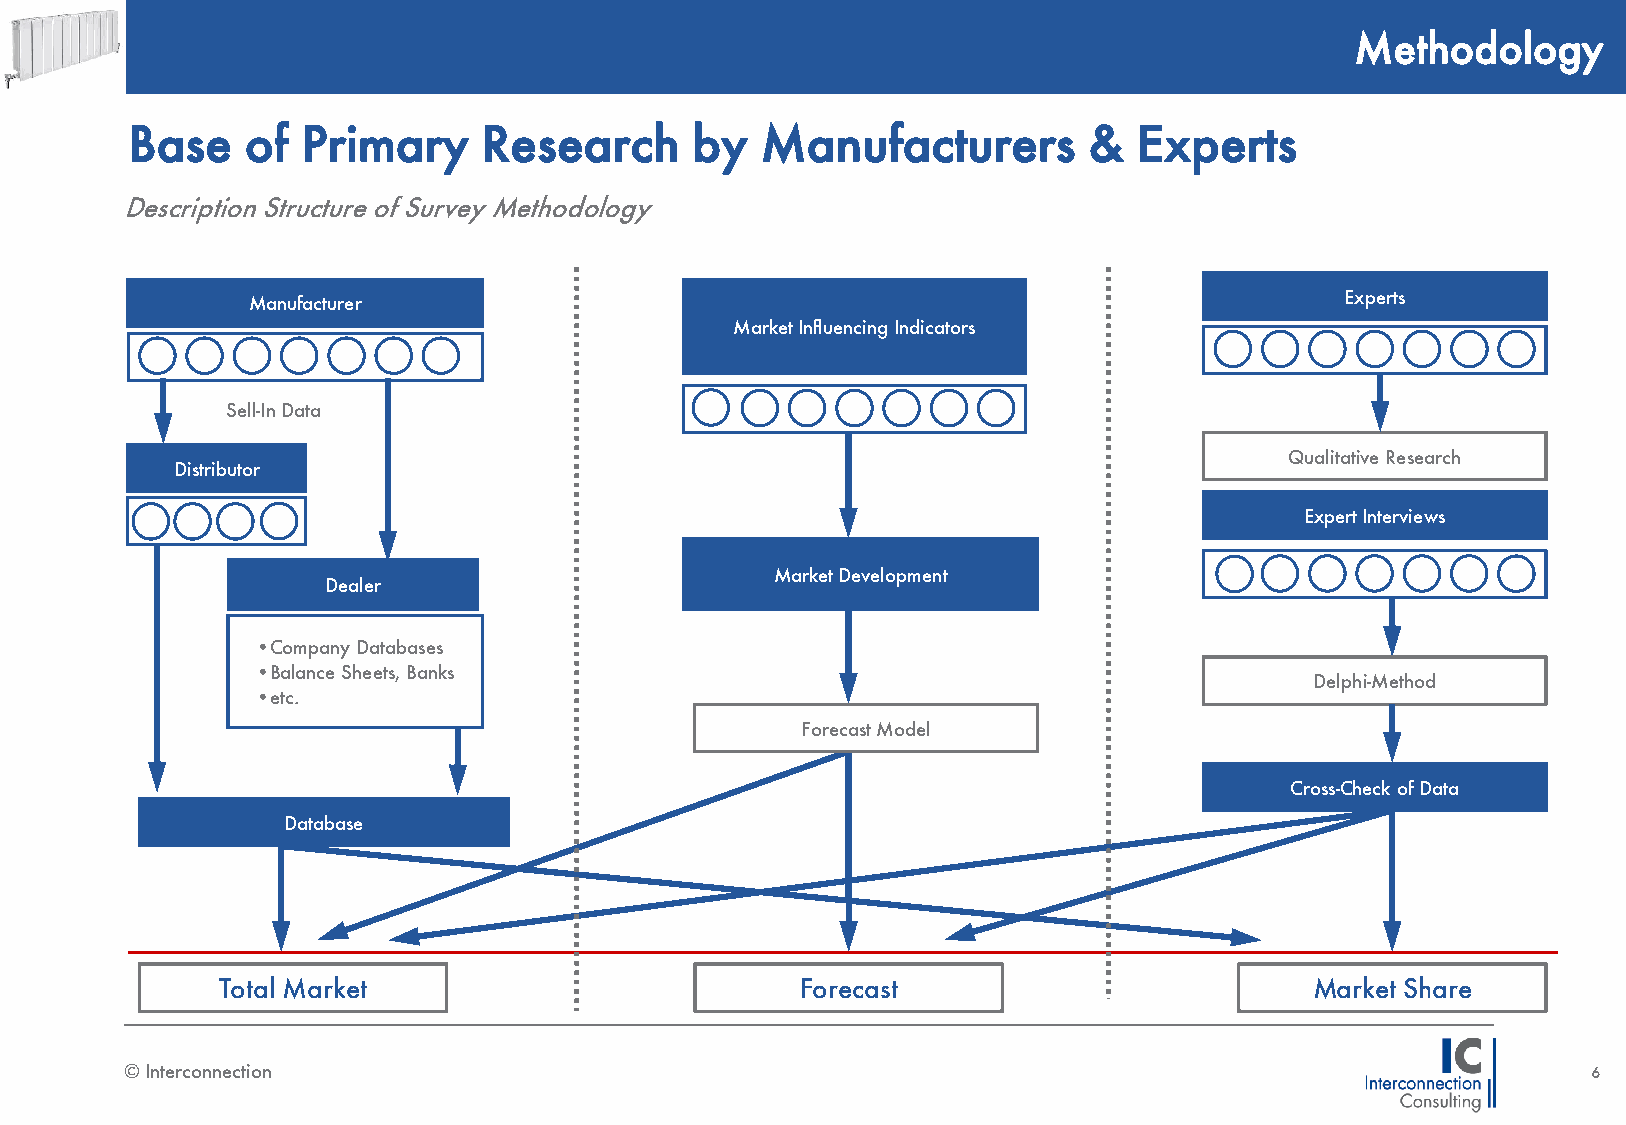
Methodology
 Base    of  Primary     Research      by  Manufacturers         &  Experts
 Description Structure of Survey Methodology
 Experts
 Manufacturer
 Market Influencing Indicators
 Sell-In Data
 Qualitative Research
 Distributor
 Expert Interviews
 Market Development
 Dealer
 •Company Databases
 •Balance Sheets, Banks
 Delphi-Method
 •etc.
 Forecast Model
 Cross-Check of Data
 Database
 Total Market                           Forecast                          Market Share
 © Interconnection                                                                                6